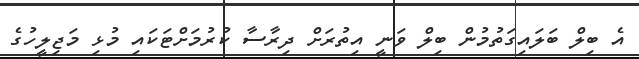
އެ ބިލް ބަލައިގަތުމުން ބިލް ވަނީ އިތުރަށް ދިރާސާ ކުރުމަށްޓަކައި މުޅި މަޖިލީހުގެ